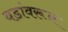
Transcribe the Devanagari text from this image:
वडांवरून